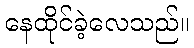
နေထိုင်ခဲ့လေသည်။